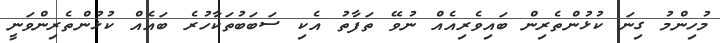
މުހިންމު ގިނަ ކުޅުންތެރިން ބައިވެރިއެއް ނުވޭ ތަފާތު އެކި ސަބަބުތަކާހުރެ ބައެއް ކުޅުންތެރިންވަނީ